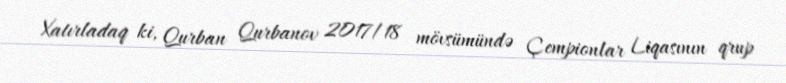
Xatırladaq ki, Qurban Qurbanov 2017/18 mövsümündə Çempionlar Liqasının qrup